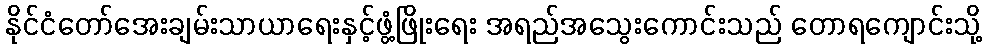
နိုင်ငံတော်အေးချမ်းသာယာရေးနှင့်ဖွံ့ဖြိုးရေး အရည်အသွေးကောင်းသည် တောရကျောင်းသို့